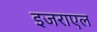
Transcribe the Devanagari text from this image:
इजराएल